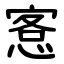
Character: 愙